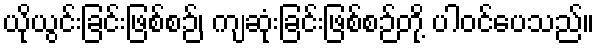
ယိုယွင်းခြင်းဖြစ်စဉ်၊ ကျဆုံးခြင်းဖြစ်စဉ်တို့ ပါဝင်ပေသည်။